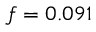
\mathnormal { f } = 0 . 0 9 1